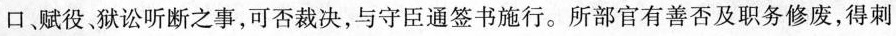
口赋役狱讼听断之事，可否裁决，与守臣通签书施行。所部官有善否及职务修废，得刺